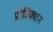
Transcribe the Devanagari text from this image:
प्रोडिक्शन